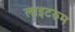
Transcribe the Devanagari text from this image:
लाइटरुम